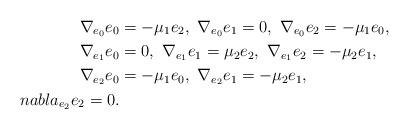
LaTeX: \begin{align*}\nabla_{e_0}e_{0}&=-\mu_1e_2,\ \nabla_{e_0}e_{1}=0,\ \nabla_{e_0}e_{2}=-\mu_1e_0,\\\nabla_{e_1}e_{0}&=0,\ \nabla_{e_1}e_{1}=\mu_2e_2,\ \nabla_{e_1}e_{2}=-\mu_2e_1,\\\nabla_{e_2}e_{0}&=-\mu_1e_0,\ \nabla_{e_2}e_{1}=-\mu_2e_1,\\nabla_{e_2}e_{2}=0.\end{align*}